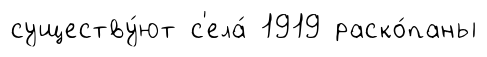
существу́ют с'ела́ 1919 раско́паны